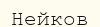
Нейков